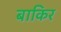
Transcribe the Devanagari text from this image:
बाकिर